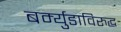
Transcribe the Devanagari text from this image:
बर्म्युडाविरुद्ध